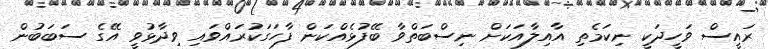
ރައީސް ވަހީދަކީ ނިކަމެތި އާއިލާއަކަށް ނިސްބަތްވާ ބޭފުޅެއްކަން ފާހަގަކުރައްވައި ވިދާޅުވީ އޭގެ ސަބަބުން